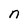
Character: n